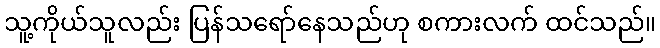
သူ့ကိုယ်သူလည်း ပြန်သရော်နေသည်ဟု စကားလက် ထင်သည်။